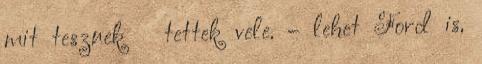
mit tesznek tettek vele. – lehet Ford is,